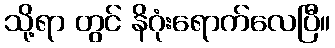
သို့ရာ တွင် နိဂုံးရောက်လေပြီ။